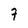
Character: 7